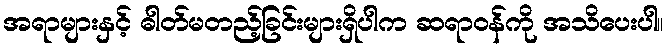
အရာများနှင့် ဓါတ်မတည့်ခြင်းများရှိပါက ဆရာဝန်ကို အသိပေးပါ။